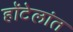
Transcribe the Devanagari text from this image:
हॉटेलांत